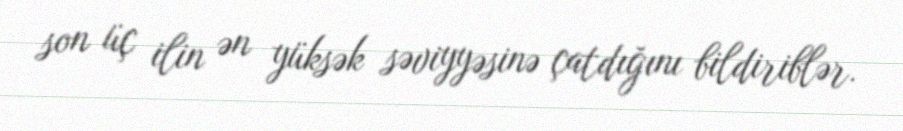
son üç ilin ən yüksək səviyyəsinə çatdığını bildiriblər.